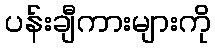
ပန်းချီကားများကို